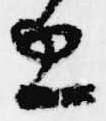
忠